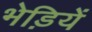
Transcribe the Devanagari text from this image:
भेड़ियें